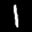
Label: 1